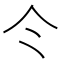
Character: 仒